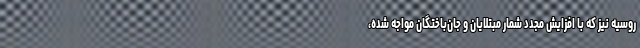
روسیه نیز که با افزایش مجدد شمار مبتلایان و جان‌باختگان مواجه شده،